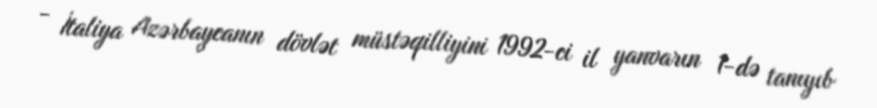
- İtaliya Azərbaycanın dövlət müstəqilliyini 1992-ci il yanvarın 1-də tanıyıb